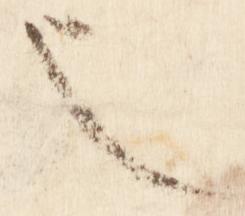
也